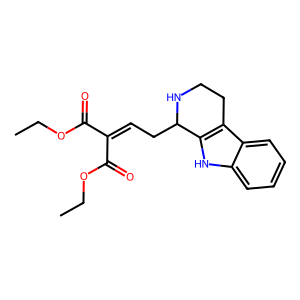
SMILES: CCOC(=O)C(=CCC1NCCc2c1[nH]c1ccccc21)C(=O)OCC
Inhibits HIV replication: No